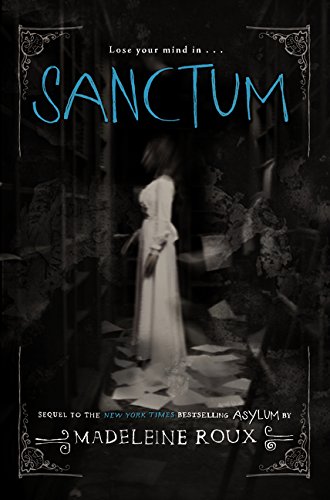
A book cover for Sanctum (Asylum); Madeleine Roux; Teen & Young Adult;